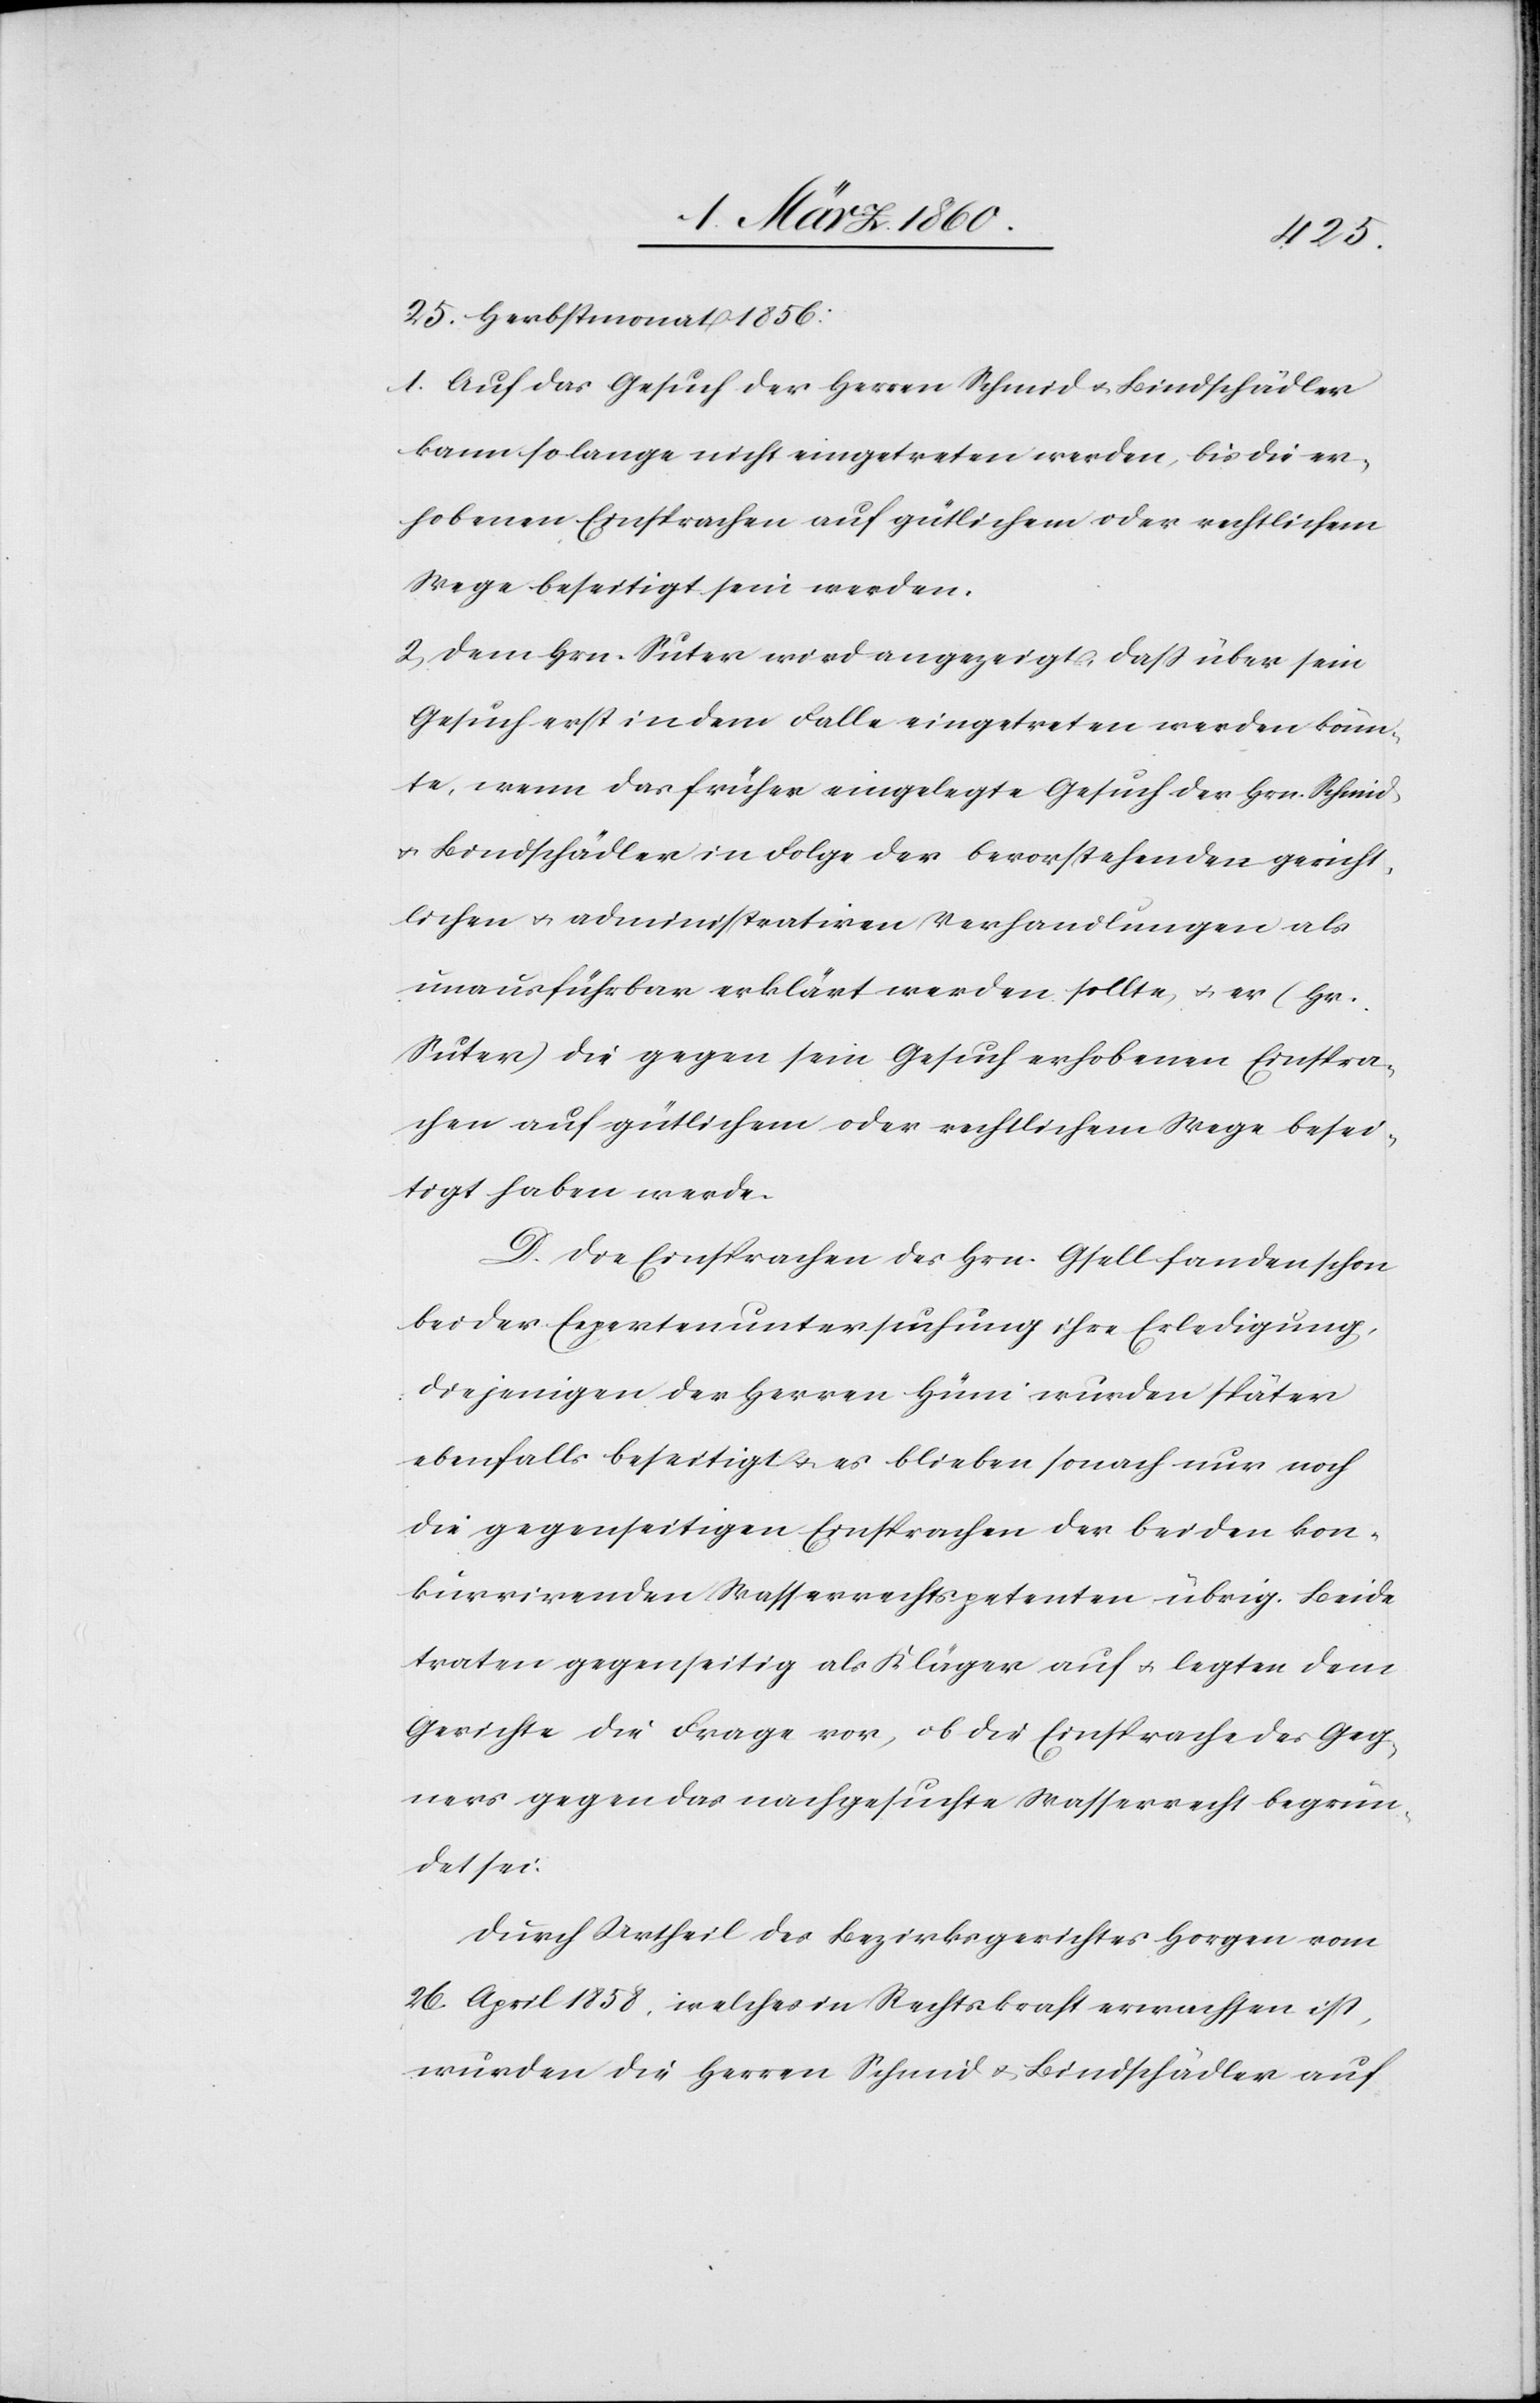
25. Herbstmonat 1856:
1. Auf das Gesuch der Herren Schmid u. Bindschädler
kann solange nicht eingetreten werden, bis die er¬
hobenen Einsprachen auf gütlichem oder rechtlichem
Weg beseitigt sein werden.
2. Dem Hrn. Suter wird angezeigt, dass über sein
Gesuch erst in dem Falle eingetreten werden könn¬
te, wenn das früher eingelegte Gesuch des Hrn. Schmid
u. Bindschädler in Folge der bevorstehenden gericht¬
lichen u. administrativen Verhandlungen als
unausführbar erklärt werden sollte, u. er [Hr.
Suter] die gegen sein Gesuch erhobenen Einspra¬
chen auf gütlichem oder rechtlichem Wege besei¬
tigt haben werde.
D. Die Einsprachen des Hrn. Gfell fanden schon
bei der Expertenuntersuchung ihre Erledigung,
diejenigen der Herren Hüni wurden später
ebenfalls beseitigt u. es blieben sonach nur noch
die gegenseitigen Einsprachen der beiden kon¬
kurrirenden Wasserrechtspetenten übrig. Beide
traten gegenseitig als Kläger auf u. legten dem
Gericht die Frage vor, ob die Einsprache des Geg¬
ners gegen das nachgesuchte Wasserrecht begrün¬
det sei.
Durch Urtheil des Bezirksgerichtes Horgen vom
26. April 1858, welches in Rechtskraft erwachsen ist,
wurden die Herren Schmid u. Bindschädler auf